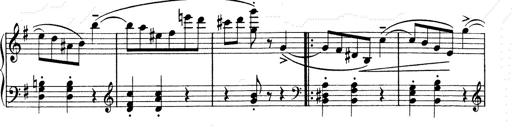
Title: 6 Polish Songs
Composer: Franz Liszt